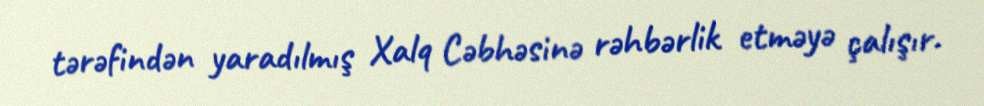
tərəfindən yaradılmış Xalq Cəbhəsinə rəhbərlik etməyə çalışır.